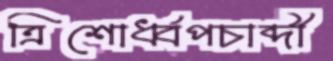
ত্রিশোর্ধ্বপচাব্দী